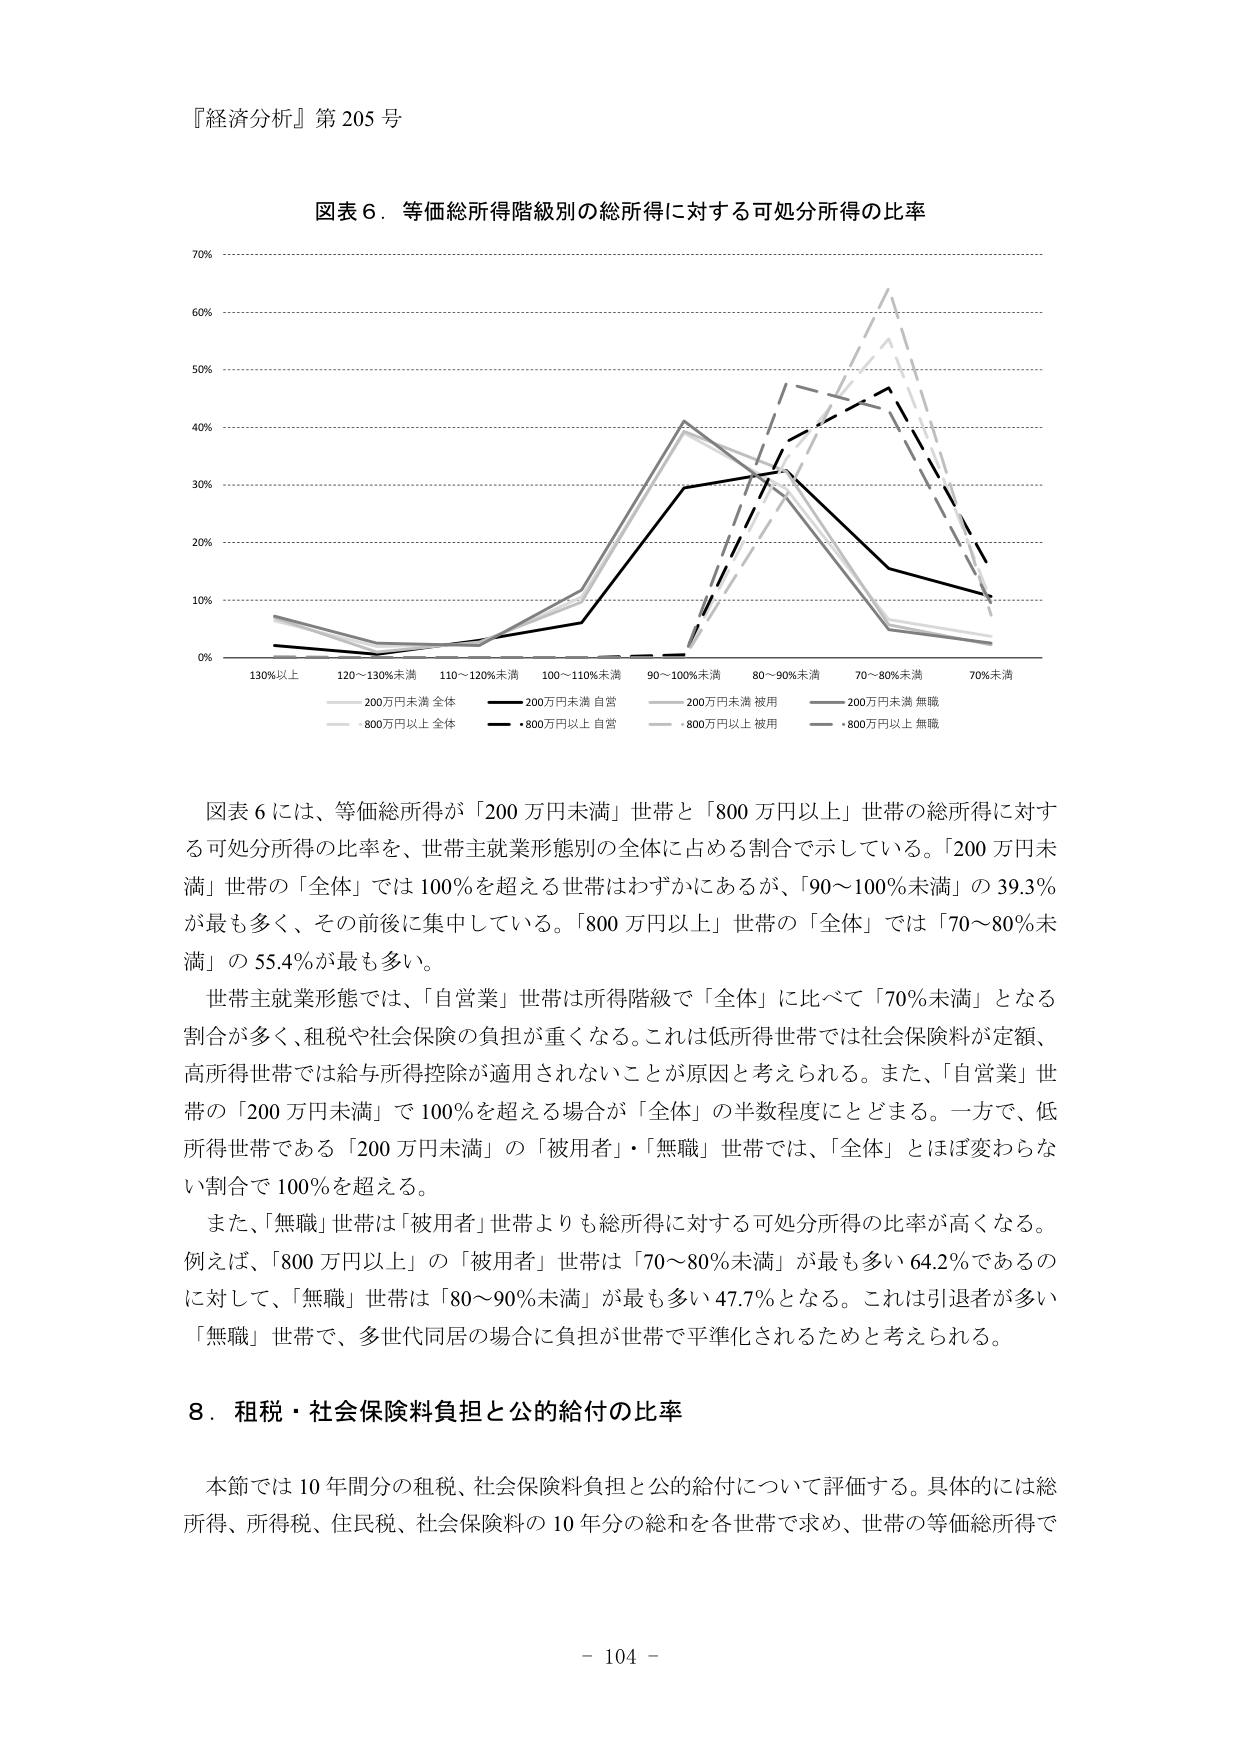
『経済分析』第 205 号

図表 6．等価総所得階級別の総所得に対する可処分所得の比率

70%
60%
50%
40%
30%
20%
10%
0%

130%以上　120～130%未満　110～120%未満　100～110%未満　90～100%未満　80～90%未満　70～80%未満　70%未満

200万円未満 全体
200万円未満 自営
200万円未満 被用
200万円未満 無職
800万円以上 全体
800万円以上 自営
800万円以上 被用
800万円以上 無職

図表 6 には、等価総所得が「200 万円未満」世帯と「800 万円以上」世帯の総所得に対する可処分所得の比率を、世帯主就業形態別の全体に占める割合で示している。「200 万円未満」世帯の「全体」では 100%を超える世帯はわずかにあるが、「90～100%未満」の 39.3%が最も多く、その前後に集中している。「800 万円以上」世帯の「全体」では「70～80%未満」の 55.4%が最も多い。

世帯主就業形態では、「自営業」世帯は所得階級で「全体」に比べて「70%未満」となる割合が多く、租税や社会保険の負担が重くなる。これは低所得世帯では社会保険料が定額、高所得世帯では給与所得控除が適用されないことが原因と考えられる。また、「自営業」世帯の「200 万円未満」で 100%を超える場合が「全体」の半数程度にとどまる。一方で、低所得世帯である「200 万円未満」の「被用者」・「無職」世帯では、「全体」とほぼ変わらない割合で 100%を超える。

また、「無職」世帯は「被用者」世帯よりも総所得に対する可処分所得の比率が高くなる。例えば、「800 万円以上」の「被用者」世帯は「70～80%未満」が最も多い 64.2%であるのに対して、「無職」世帯は「80～90%未満」が最も多い 47.7%となる。これは引退者が多い「無職」世帯で、多世代同居の場合に負担が世帯で平準化されるためと考えられる。

8．租税・社会保険料負担と公的給付の比率

本節では 10 年間分の租税、社会保険料負担と公的給付について評価する。具体的には総所得、所得税、住民税、社会保険料の 10 年分の総和を各世帯で求め、世帯の等価総所得で

- 104 -